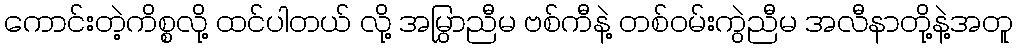
ကောင်းတဲ့ကိစ္စလို့ ထင်ပါတယ် လို့ အမြွှာညီမ ဗစ်ကီနဲ့ တစ်ဝမ်းကွဲညီမ အလီနာတို့နဲ့အတူ